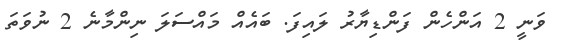
ވަނީ 2 އަންހެން ފަންޑިޔާރު ލައިފަ. ބައެއް މައްސަލަ ނިންމާނެ 2 ނުވަތަ